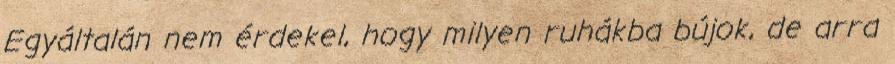
Egyáltalán nem érdekel, hogy milyen ruhákba bújok, de arra